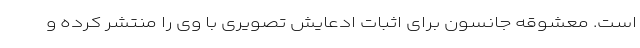
است. معشوقه جانسون برای اثبات ادعایش تصویری با وی را منتشر کرده و